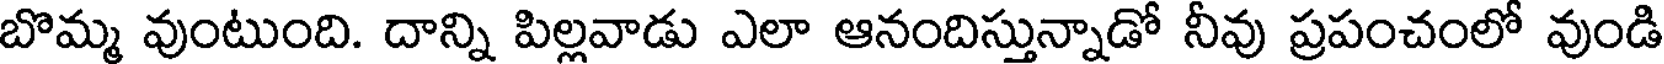
బొమ్మ వుంటుంది. దాన్ని పిల్లవాడు ఎలా ఆనందిస్తున్నాడో నీవు ప్రపంచంలో వుండి